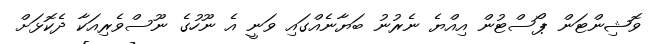
ވޮޝިންޓަން ޕޯސްޓުން އިއްޔެ ނެރުނު ބަޔާނެއްގައި ވަނީ އެ ނޫހުގެ ނޫސްވެރިއަކާ ދެކޮޅަށް